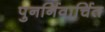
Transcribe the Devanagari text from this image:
पुनर्निवार्चित